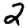
Digit: 2